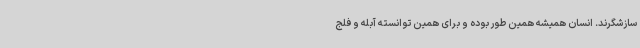
سازشگرند. انسان همیشه همین طور بوده و برای همین توانسته آبله و فلج